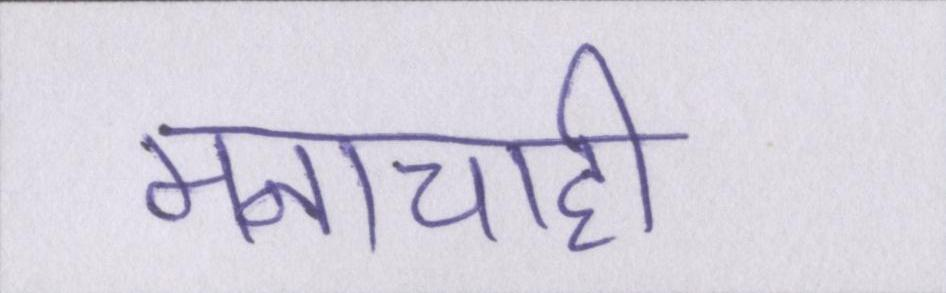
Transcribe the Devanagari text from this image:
मनाचाही